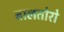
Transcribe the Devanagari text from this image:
बालतोरो